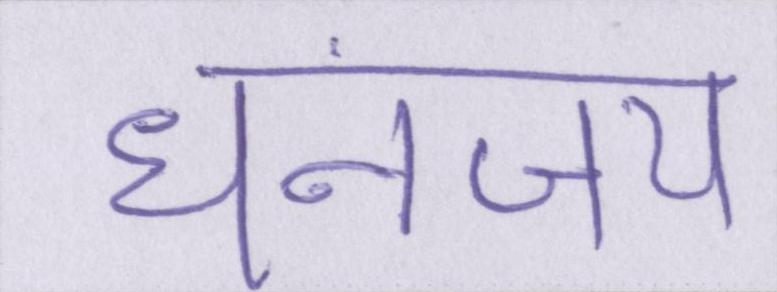
धनंजय